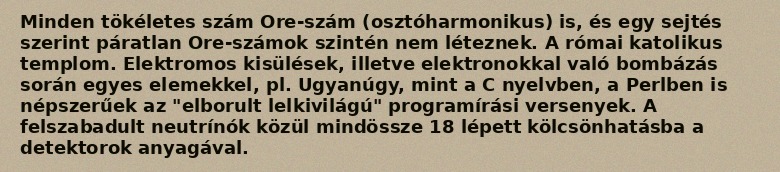
Minden tökéletes szám Ore-szám (osztóharmonikus) is, és egy sejtés szerint páratlan Ore-számok szintén nem léteznek. A római katolikus templom. Elektromos kisülések, illetve elektronokkal való bombázás során egyes elemekkel, pl. Ugyanúgy, mint a C nyelvben, a Perlben is népszerűek az "elborult lelkivilágú" programírási versenyek. A felszabadult neutrínók közül mindössze 18 lépett kölcsönhatásba a detektorok anyagával.